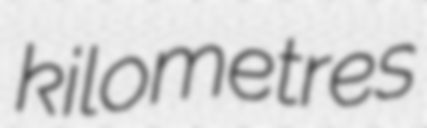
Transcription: kilometres